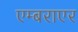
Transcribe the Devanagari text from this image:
एम्बराएर